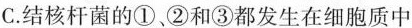
C.结核杆菌的①、②和③都发生在细胞质中